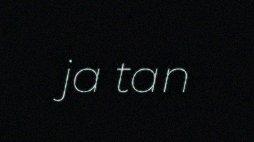
ja tan